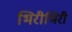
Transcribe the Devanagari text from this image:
भिरीभिरी